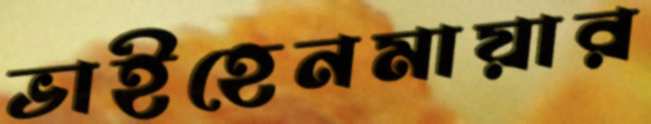
ভাইহেনমায়ার